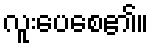
လူးပေစေ၏။